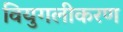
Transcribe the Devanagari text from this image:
वियुगलीकरण